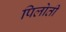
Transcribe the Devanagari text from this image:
पिलोती